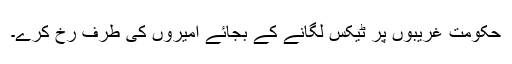
حکومت غریبوں پر ٹیکس لگانے کے بجائے امیروں کی طرف رخ کرے۔